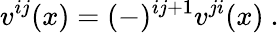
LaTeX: v^{ij}(x)=(-)^{ij+1}v^{ji}(x)\ .